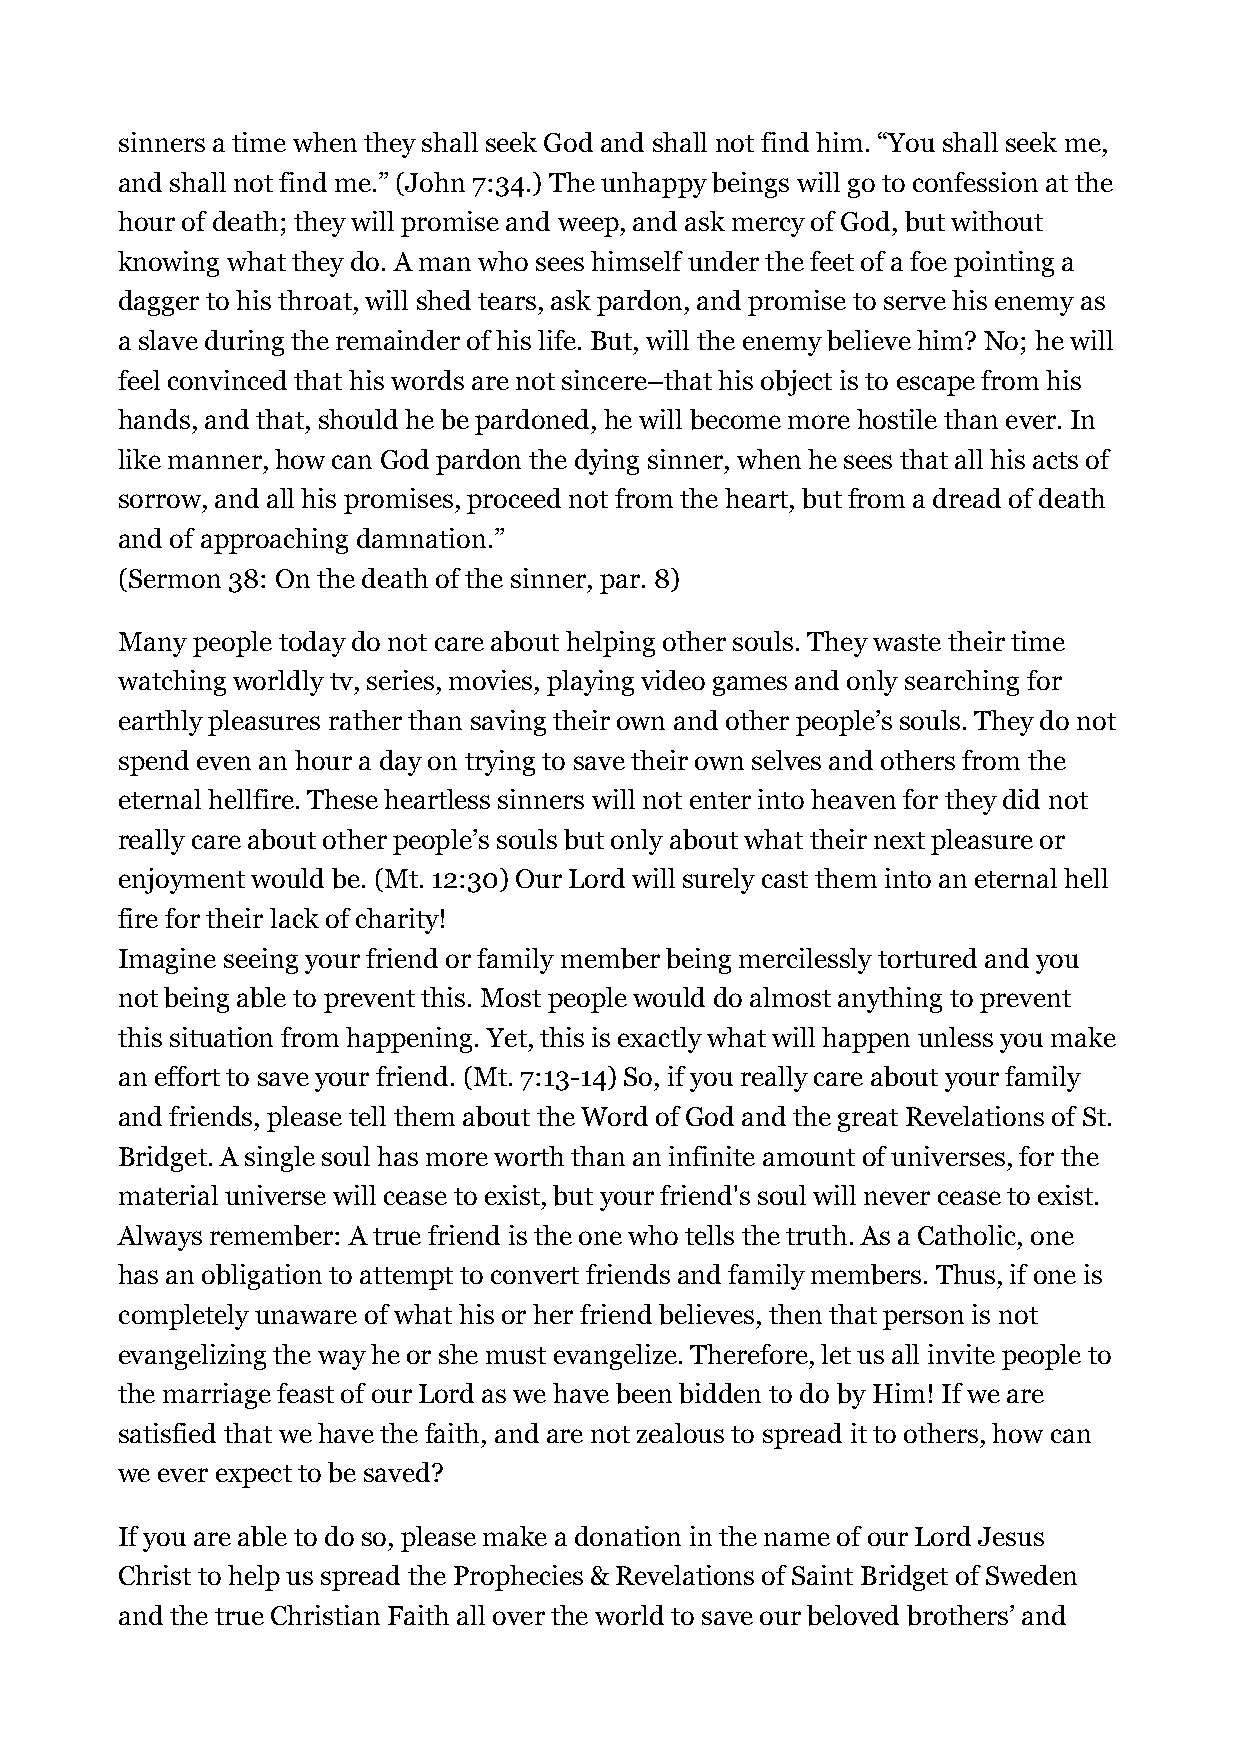
sinners a time when they shall seek God and shall not find him. “You shall seek me,
 and shall not find me.” (John 7:34.) The unhappy beings will go to confession at the
 hour of death; they will promise and weep, and ask mercy of God, but without
 knowing what they do. A man who sees himself under the feet of a foe pointing a
 dagger to his throat, will shed tears, ask pardon, and promise to serve his enemy as
 a slave during the remainder of his life. But, will the enemy believe him? No; he will
 feel convinced that his words are not sincere–that his object is to escape from his
 hands, and that, should he be pardoned, he will become more hostile than ever. In
 like manner, how can God pardon the dying sinner, when he sees that all his acts of
 sorrow, and all his promises, proceed not from the heart, but from a dread of death
 and of approaching damnation.”
 (Sermon 38: On the death of the sinner, par. 8)
 Many people today do not care about helping other souls. They waste their time
 watching worldly tv, series, movies, playing video games and only searching for
 earthly pleasures rather than saving their own and other people’s souls. They do not
 spend even an hour a day on trying to save their own selves and others from the
 eternal hellfire. These heartless sinners will not enter into heaven for they did not
 really care about other people’s souls but only about what their next pleasure or
 enjoyment would be. (Mt. 12:30) Our Lord will surely cast them into an eternal hell
 fire for their lack of charity!
 Imagine seeing your friend or family member being mercilessly tortured and you
 not being able to prevent this. Most people would do almost anything to prevent
 this situation from happening. Yet, this is exactly what will happen unless you make
 an effort to save your friend. (Mt. 7:13-14) So, if you really care about your family
 and friends, please tell them about the Word of God and the great Revelations of St.
 Bridget. A single soul has more worth than an infinite amount of universes, for the
 material universe will cease to exist, but your friend's soul will never cease to exist.
 Always remember: A true friend is the one who tells the truth. As a Catholic, one
 has an obligation to attempt to convert friends and family members. Thus, if one is
 completely unaware of what his or her friend believes, then that person is not
 evangelizing the way he or she must evangelize. Therefore, let us all invite people to
 the marriage feast of our Lord as we have been bidden to do by Him! If we are
 satisfied that we have the faith, and are not zealous to spread it to others, how can
 we ever expect to be saved?
 If you are able to do so, please make a donation in the name of our Lord Jesus
 Christ to help us spread the Prophecies & Revelations of Saint Bridget of Sweden
 and the true Christian Faith all over the world to save our beloved brothers’ and